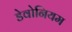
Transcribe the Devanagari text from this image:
डेवोनियम